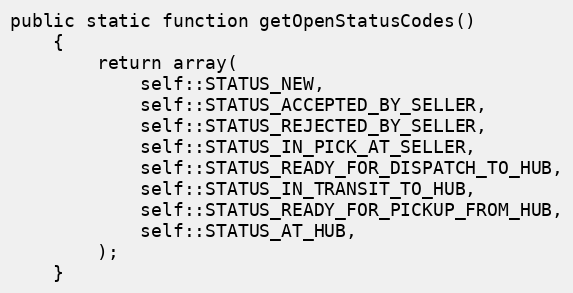
Language: PHP
public static function getOpenStatusCodes()
    {
        return array(
            self::STATUS_NEW,
            self::STATUS_ACCEPTED_BY_SELLER,
            self::STATUS_REJECTED_BY_SELLER,
            self::STATUS_IN_PICK_AT_SELLER,
            self::STATUS_READY_FOR_DISPATCH_TO_HUB,
            self::STATUS_IN_TRANSIT_TO_HUB,
            self::STATUS_READY_FOR_PICKUP_FROM_HUB,
            self::STATUS_AT_HUB,
        );
    }